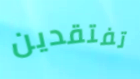
تفتقدين